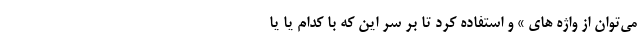
می‌توان از واژه های » و استفاده کرد تا بر سر این که با کدام یا یا